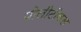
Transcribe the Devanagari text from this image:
पोलीटीकल